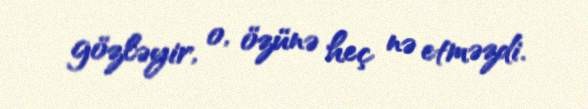
gözləyir, o, özünə heç nə etməzdi.